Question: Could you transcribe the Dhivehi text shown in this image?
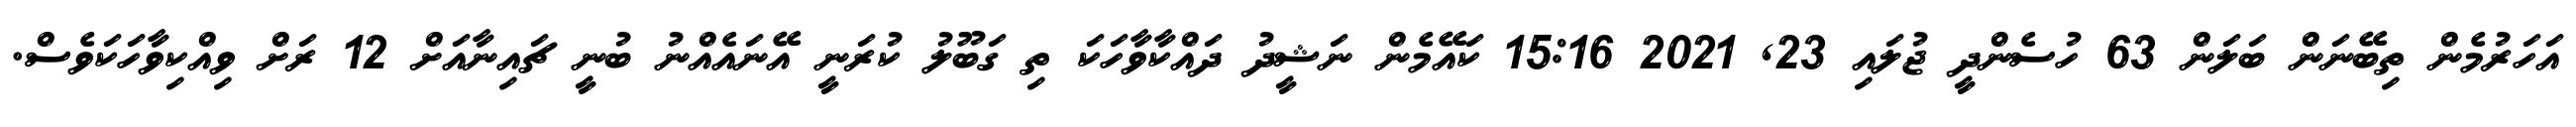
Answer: އަހަރުމެން ތިބޭނަން ބަލަން 63 ހުސެންދީ ޖުލައި 23, 2021 15:16 ކައޭމެން ނަޝީދު ދައްކާވާހަކަ ތި ގަބޫލު ކުރަނީ އޭނައެއްނު ބުނީ ޗައިނާއަށް 12 ރަށް ވިއްކިވާހަކަވެސް.